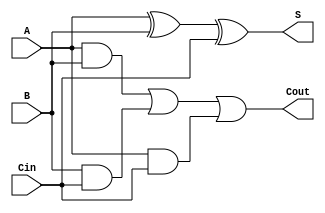
module Full_Adder (
    input A,
    input B,
    input Cin,
    output S,
    output Cout
);

assign S = A ^ B ^ Cin;
assign Cout = (A & B) | (B & Cin) | (A & Cin);

endmodule